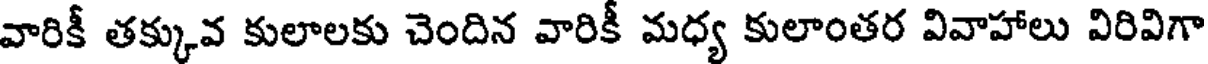
వారికీ తక్కువ కులాలకు చెందిన వారికీ మధ్య కులాంతర వివాహాలు విరివిగా